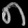
Digit: ၈